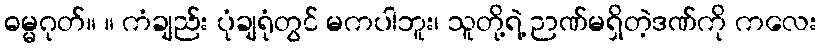
ဓမ္မဂုတ်။ ။ ကံချည်း ပုံချရုံတွင် မကပါဘူး၊ သူတို့ရဲ့ ဉာဏ်မရှိတဲ့ဒဏ်ကို ကလေး